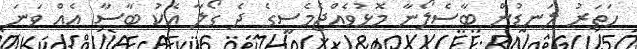
ހަތަރު ލަނޑުން ބާސެލޯނާ މޮޅުވެއްޖެމެސީގެ ދެ ގޯލާ އެކު ބާސާ އެއް ވަނަ